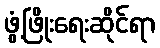
ဖွံ့ဖြိုးရေးဆိုင်ရာ